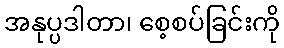
အနုပ္ပဒါတာ၊ စေ့စပ်ခြင်းကို